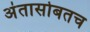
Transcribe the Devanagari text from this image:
अंतासोबतच